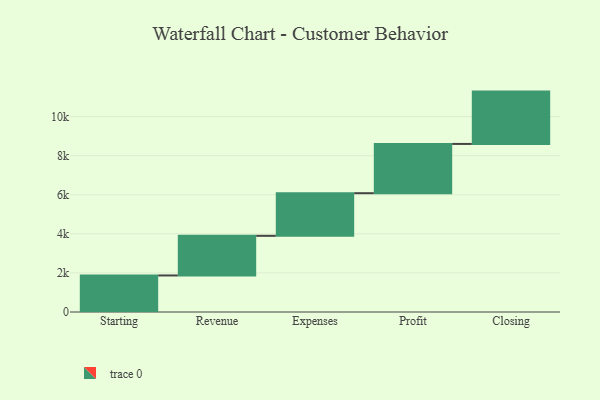
{"axis": {"x": "Step", "y": "Value"}, "legend": [""], "data": [{"x": "Starting", "y": 1870.0, "type": ""}, {"x": "Revenue", "y": 2029.0, "type": ""}, {"x": "Expenses", "y": 2181.0, "type": ""}, {"x": "Profit", "y": 2522.0, "type": ""}, {"x": "Closing", "y": 2678.0, "type": ""}]}